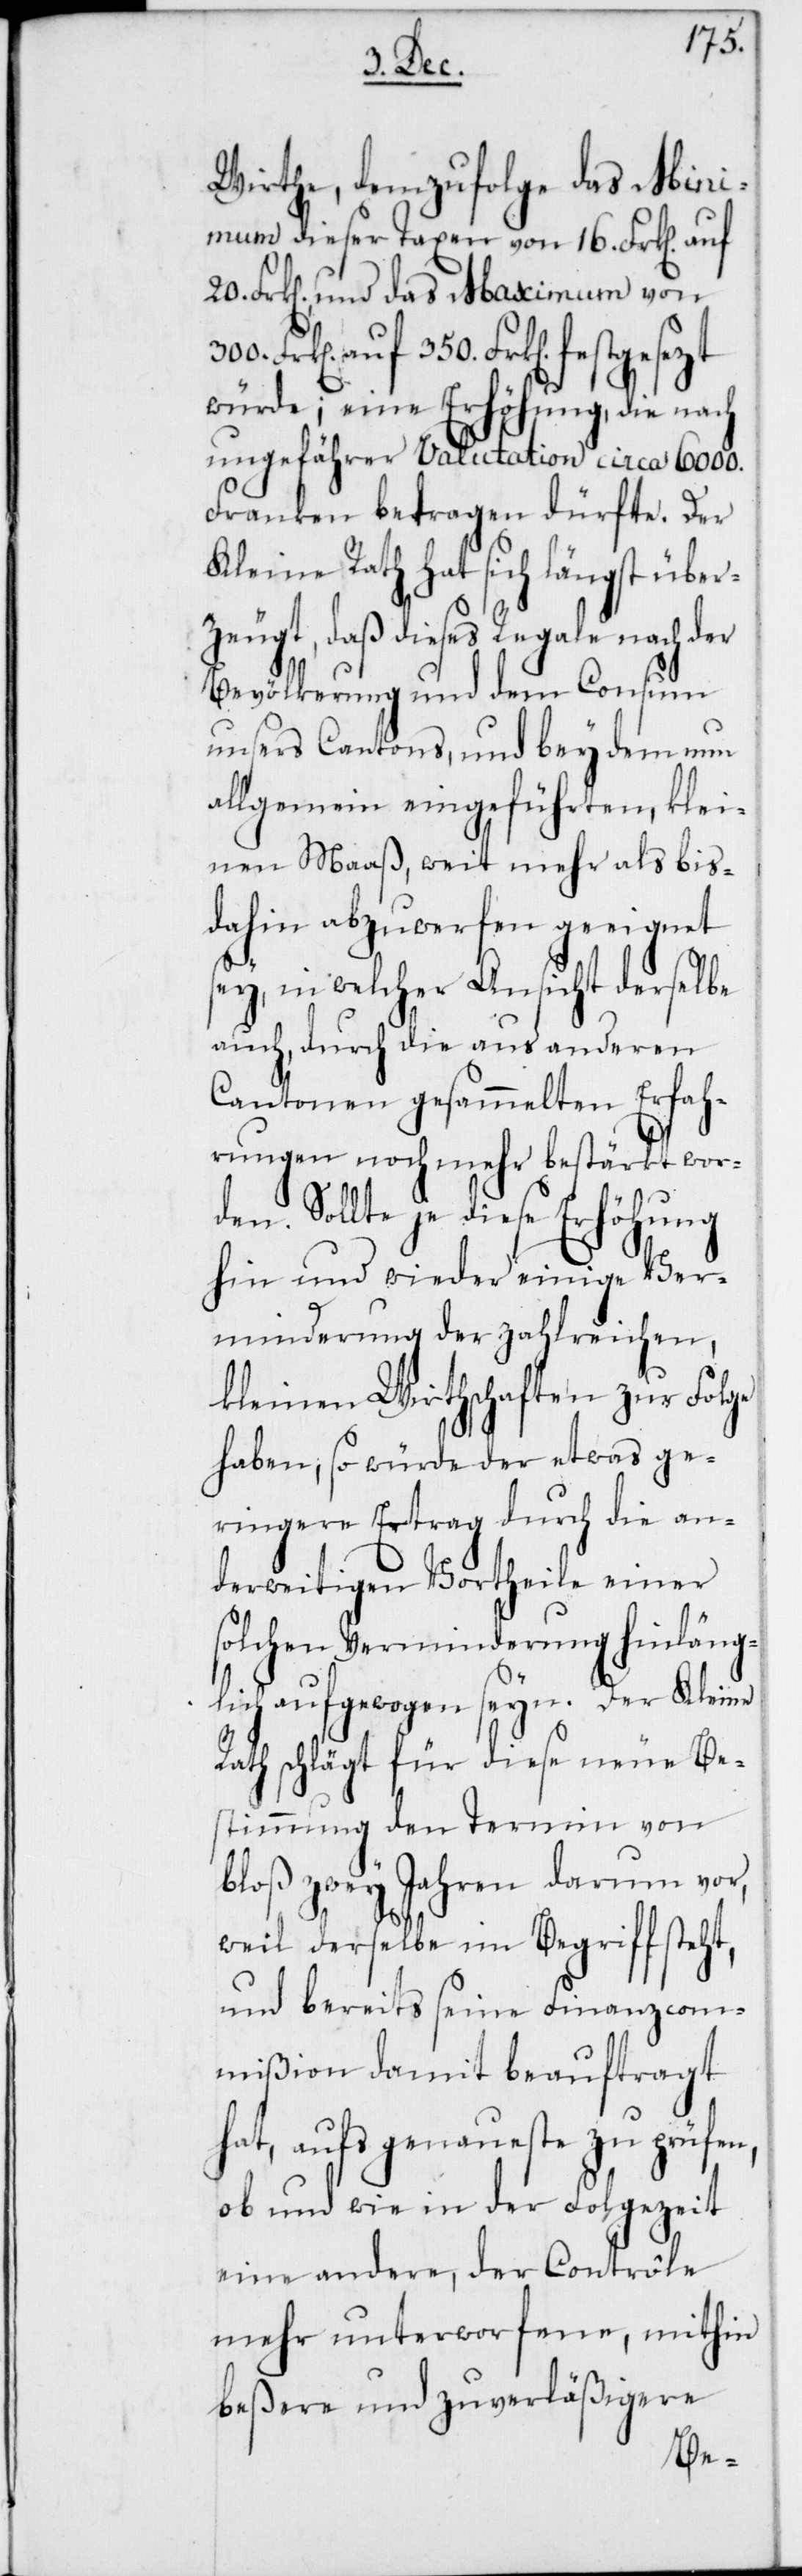
Wirthe, demzufolge das Mini¬
mum dieser Taxen von 16. Frk[en]
Frk[en], und das Maximum von
auf 350. Frk[en] festgesezt
würde; eine Erhöhung, die nach
ungefährer Valutation circa 6000.
Franken betragen dürfte. Der
Kleine Rath hat sich längst über¬
zeugt, daß dieses Regale nach der
Bevölkerung und dem Consum
unsers Cantons, und bey dem nun
allgemein eingeführten, klei¬
nem Maaß, weit mehr als bis
dahin abzuwerfen geeignet
sey, in welcher Ansicht derselbe
auch durch die aus anderen
Cantonen gesammelten Erfah¬
rungen noch mehr bestärkt wor¬
den. Sollte je diese Erhöhung
hin und wieder einige Ver¬
minderung der zahlreichen,
kleinen Wirthschaften zur Folge
haben, so würde der etwas ge¬
ringere Ertrag durch die an¬
derweitigen Vortheile einer
solchen Verminderung hinläng¬
lich aufgewogen seyn. Der Kleine
Rath schlägt für diese neue Be¬
stimmung den Termin von
bloß zwey Jahren darum vor,
weil derselbe im Begriff steht,
und bereits seine Finanzcom¬
mißion damit beauftragt
hat, aufs genaueste zu prüfen,
ob und wie in der Folgezeit
eine andere, der Contrôle
mehr unterworfene, mithin
beßere und zuverläßigere